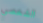
الشخصى